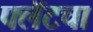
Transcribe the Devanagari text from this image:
फ्लॅटचा